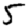
Digit: 5